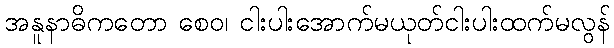
အနူနာဓိကတော စေဝ၊ ငါးပါးအောက်မယုတ်ငါးပါးထက်မလွန်